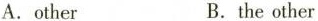
A.other B.the other